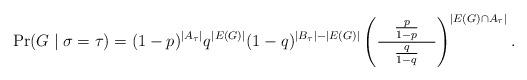
LaTeX: \begin{align*} \Pr(G \mid \sigma = \tau) = (1-p)^{|A_\tau|} q^{|E(G)|} (1-q)^{|B_\tau| - |E(G)|} \left( \frac{\quad\frac{p}{1-p}\quad}{\frac{q}{1-q}} \right)^{|E(G) \cap A_\tau|}. \end{align*}